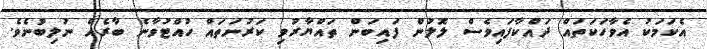
އެކަމަކު އެވާހަކަތައް ދައްކާފައިވެސް ލޮލުން ފައިބަން ތައްޔާރުވި ކަރުނަތައް ހުއްޓުވާނެ ބާރެއް ނުލިބުނެވެ.